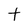
Character: t